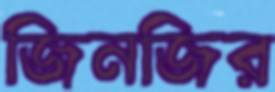
জিনজির